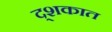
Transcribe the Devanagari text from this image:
द्शकात